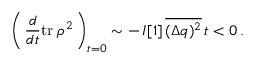
\left( \, \frac { d } { d t } \mathrm { t r } \; \rho ^ { 2 } \, \right) _ { t = 0 } \sim - \, { \cal I } [ 1 ] \, \overline { { { ( \Delta q ) ^ { 2 } } } } \, t < 0 \, .